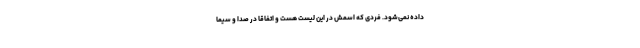
داده نمی‌شود. فردی که اسمش در این لیست هست و اتفاقا در صدا و سیما